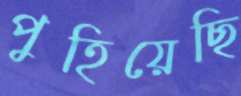
পুহিয়েছি